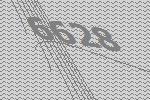
6628